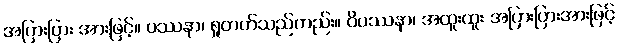
အပြားပြား အားဖြင့်။ ပဿနာ၊ ရှုတတ်သည်တည်း။ ဝိပဿနာ၊ အထူးထူး အပြားပြားအားဖြင့်